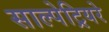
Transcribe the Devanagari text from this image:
साल्पेट्रियरे